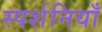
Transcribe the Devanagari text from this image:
स्पर्शनियाँ